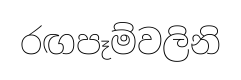
රඟපෑම්වලිනි